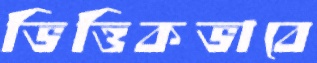
ভিত্তিকভাবে